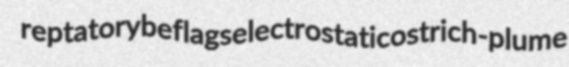
reptatory beflags electrostatic ostrich-plume